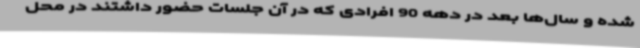
شده و سال‌ها بعد در دهه 90 افرادی که در آن جلسات حضور داشتند در محل